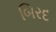
બિરદ